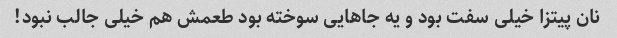
نان پیتزا خیلی سفت بود و یه جاهایی سوخته بود طعمش هم خیلی جالب نبود!